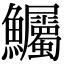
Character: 𫚇